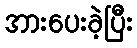
အားပေးခဲ့ပြီး